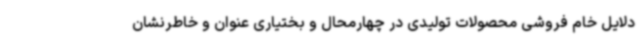
دلایل خام فروشی محصولات تولیدی در چهارمحال و بختیاری عنوان و خاطرنشان